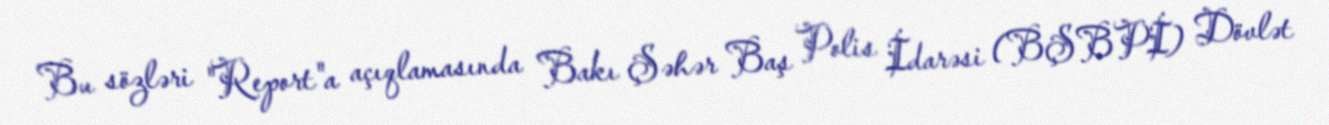
Bu sözləri "Report"a açıqlamasında Bakı Şəhər Baş Polis İdarəsi (BŞBPİ) Dövlət